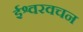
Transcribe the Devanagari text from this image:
ईश्वरवचन